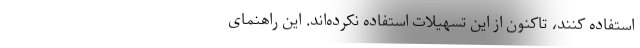
استفاده کنند، تاکنون از این تسهیلات استفاده نکرده‌اند. این راهنمای